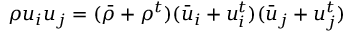
\rho u _ { i } u _ { j } = ( \bar { \rho } + \rho ^ { t } ) ( \bar { u } _ { i } + u _ { i } ^ { t } ) ( \bar { u } _ { j } + u _ { j } ^ { t } )